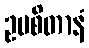
ဥပစိတာနံ